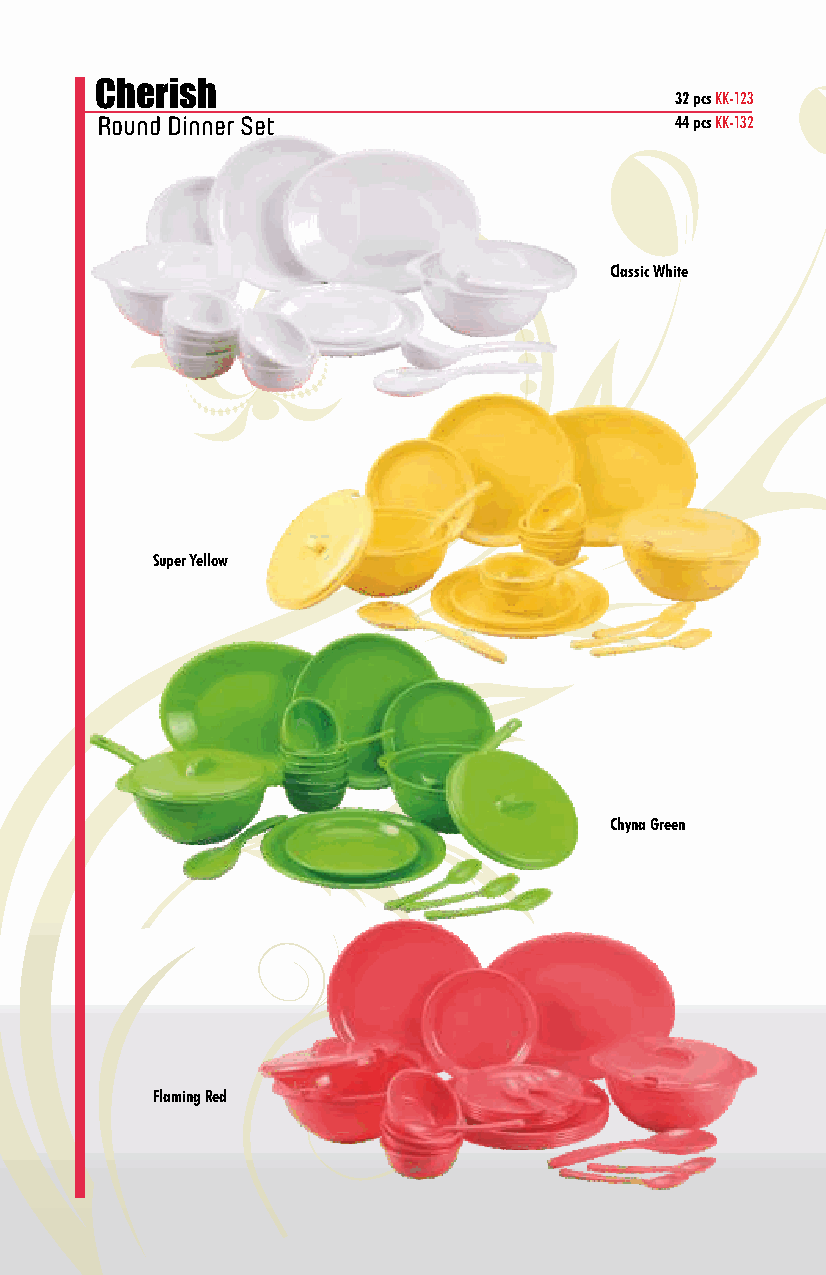
Cherish
 32 pcs KK-123
 Round Dinner Set                       44 pcs KK-132
 Classic White
 Super Yellow
 Chyna Green
 Flaming Red